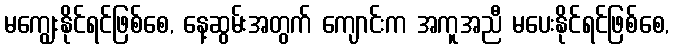
မကျွေးနိုင်ရင်ဖြစ်စေ, နေ့ဆွမ်းအတွက် ကျောင်းက အကူအညီ မပေးနိုင်ရင်ဖြစ်စေ,